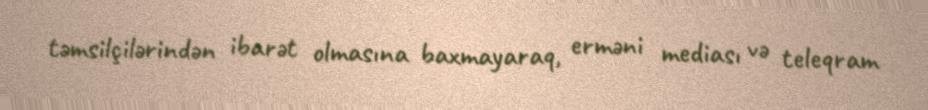
təmsilçilərindən ibarət olmasına baxmayaraq, erməni mediası və teleqram